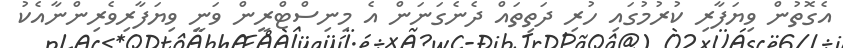
އެގޮތުން ވިޔަފާރި ކުރުމުގައި ހުރި ދަތިތައް ދެނެގަނަން އެ މިނިސްޓްރީން ވަނީ ވިޔަފާރިވެރިންނާއެކު